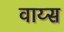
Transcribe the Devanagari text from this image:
वाय्स